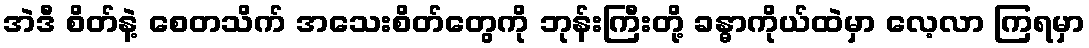
အဲဒီ စိတ်နဲ့ စေတသိက် အသေးစိတ်တွေကို ဘုန်းကြီးတို့ ခန္ဓာကိုယ်ထဲမှာ လေ့လာ ကြရမှာ